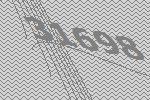
31698